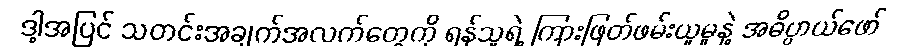
ဒါ့အပြင် သတင်းအချက်အလက်တွေကို ရန်သူရဲ့ ကြားဖြတ်ဖမ်းယူမှုနဲ့ အဓိပ္ပာယ်ဖော်